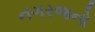
નગરજનો